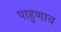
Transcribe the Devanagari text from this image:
पाहुणाच